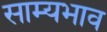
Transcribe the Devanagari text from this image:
साम्यभाव